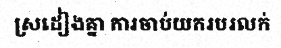
ស្រដៀងគ្នា ការចាប់យករបរលក់